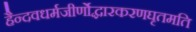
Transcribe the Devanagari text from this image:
हैन्दवधर्मजीर्णोद्धारकरणघृतमति